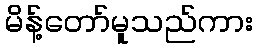
မိန့်တော်မူသည်ကား